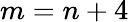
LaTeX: m=n+4